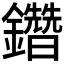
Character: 𨯩